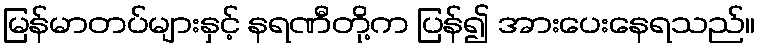
မြန်မာတပ်များနှင့် နရဏီတို့က ပြန်၍ အားပေးနေရသည်။